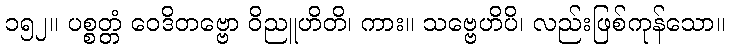
၁၅၂။ ပစ္စတ္တံ ဝေဒိတဗ္ဗော ဝိညူဟိတိ၊ ကား။ သဗ္ဗေဟိပိ၊ လည်းဖြစ်ကုန်သော။